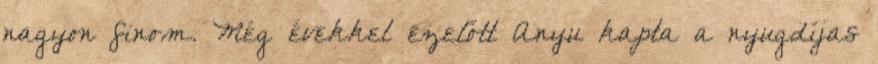
nagyon finom. Még évekkel ezelőtt Anyu kapta a nyugdíjas